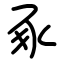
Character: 豖